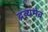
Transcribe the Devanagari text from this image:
द्रव्यमेव